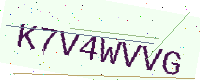
Text: K7V4WVVG